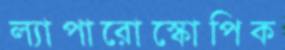
ল্যাপারোস্কোপিক